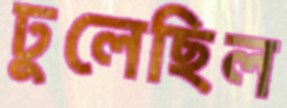
ঢুলেছিল